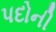
પદોની